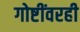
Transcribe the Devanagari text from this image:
गोष्टींवरही